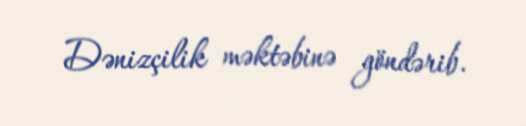
Dənizçilik məktəbinə göndərib.